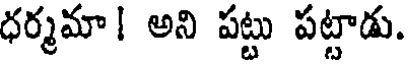
ధర్మమా! అని పట్టు పట్టాడు.